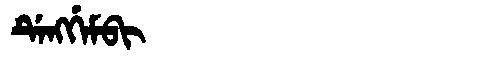
Manchu: ᡩᡝᠩᡤᡝᠮᠪᡳ
Romanization: DENGGEMBI